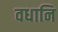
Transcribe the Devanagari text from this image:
वधानि